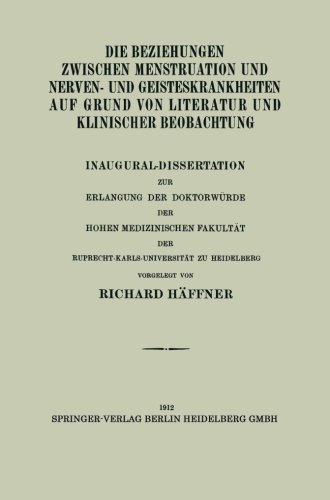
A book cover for Die Beziehungen Zwischen Menstruation und Nerven- und Geisteskrankheiten auf Grund von Literatur und Klinischer Beobachtung: Inaugural-Dissertation ... zu Heidelberg (German Edition); Richard HÃ¤ffner; Health, Fitness & Dieting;